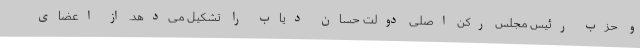
و حزب رئیس مجلس رکن اصلی دولت حسان دیاب را تشکیل می‌دهد. از اعضای